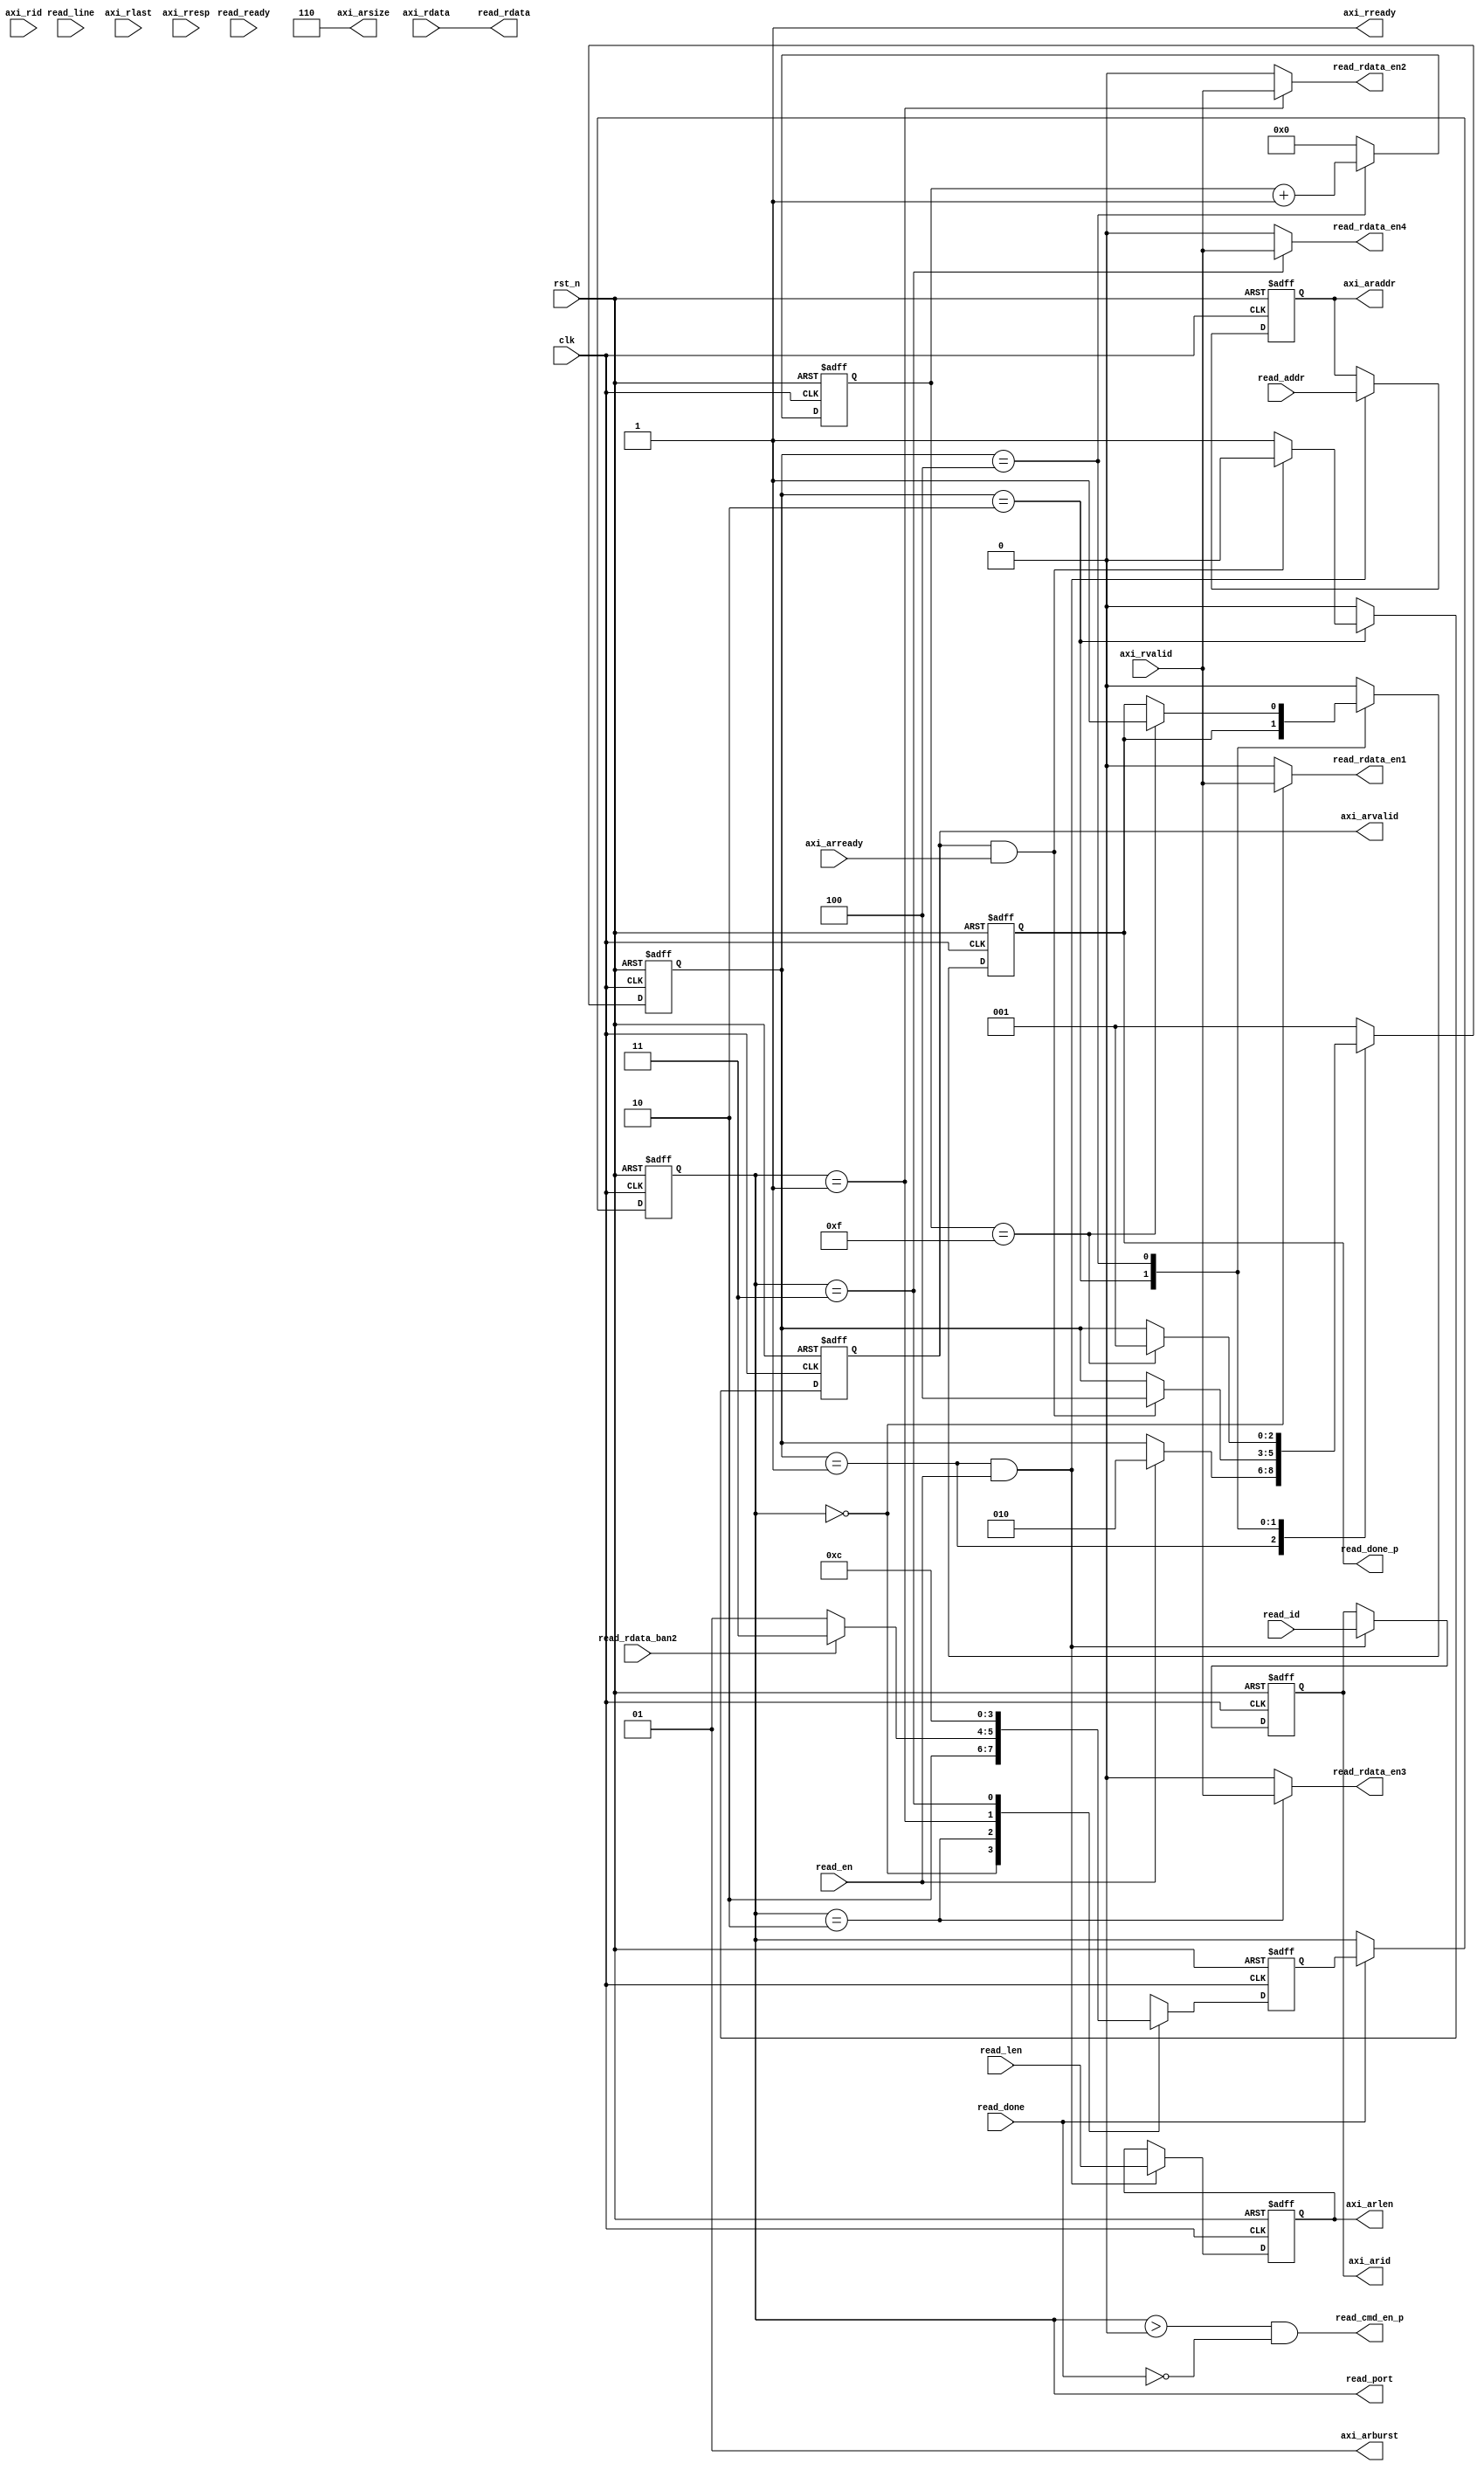
`timescale 1ns / 1ps
//////////////////////////////////////////////////////////////////////////////////
// Company: Meyesemi
// 
// Design Name: 
// Module Name: rd_ctrl
// Project Name: 
// Target Devices: 
// Tool Versions: 
// Description: 
// 
// Dependencies: 
// 
// Revision:
// Revision 0.01 - File Created
// Additional Comments:
// 
//////////////////////////////////////////////////////////////////////////////////
`define UD #1

module rd_ctrl #(
    parameter CTRL_ADDR_WIDTH      = 28,
    parameter MEM_DQ_WIDTH         = 16 
)(
    input                                clk           ,
    input                                rst_n         ,   
    
    input [CTRL_ADDR_WIDTH-1:0]          read_addr     ,
    input [3:0]                          read_id       ,
    input [3:0]                          read_len      ,
    input                                read_en       ,
    output reg                           read_done_p   =0,
    
    input                                read_ready    ,
    output   [MEM_DQ_WIDTH*8-1:0]        read_rdata    ,
    output                               read_rdata_en1 ,
    output                               read_rdata_en2 ,
    output                               read_rdata_en3 ,
    output                               read_rdata_en4 ,
    input                                read_done   ,
    output                               read_cmd_en_p,
    input                                read_line   ,
    input                                read_rdata_ban2,
    // input                                read_rdata_ban4,
   
    output reg [CTRL_ADDR_WIDTH-1:0]     axi_araddr    =0,    
    output reg [3:0]                     axi_arid      =0,
    output reg [3:0]                     axi_arlen     =0,
    output     [2:0]                     axi_arsize    ,
    output     [1:0]                     axi_arburst   ,
    output reg                           axi_arvalid   =0, 
    input                                axi_arready   ,      //only support 2'b01: INCR
                                         
    output                               axi_rready    ,
    input   [MEM_DQ_WIDTH*8-1:0]         axi_rdata     ,
    input                                axi_rvalid    ,
    input                                axi_rlast     ,
    input   [3:0]                        axi_rid       ,
    input   [1:0]                        axi_rresp     ,
    output reg [1:0]                        read_port/*synthesis PAP_MARK_DEBUG="1"*/
);

    localparam E_IDLE =  3'b001; 
    localparam E_RD   =  3'b010;
    localparam E_END  =  3'b100;
    localparam DQ_NUM = MEM_DQ_WIDTH/8; 
    
    assign axi_arburst = 2'b01;
    assign axi_arsize = 3'b110;
    
    reg [2:0] test_rd_state;
    reg [3:0] rd_delay_cnt;
    reg [1:0] read_port_nx;

    always @(posedge clk or negedge rst_n) begin
        if (!rst_n) begin
            read_port <= 2'd0;
        end
        else if (read_done)
            read_port <= read_port_nx;
        else
            read_port <= read_port;
    end

    always @(posedge clk or negedge rst_n) begin
        if (!rst_n)
            read_port_nx <= 2'd2;
        else
        case (read_port)
            2'd0: read_port_nx <= 2'd2;
            2'd2:
            begin
                if (read_rdata_ban2)
                begin
                    // if (read_rdata_ban4)
                    //     read_port_nx <= 2'd0;
                    // else
                    read_port_nx <= 2'd3; 
                end
                else 
                    read_port_nx <= 2'd1;
            end
            2'd1:
            begin
                // if (read_rdata_ban4)
                //     read_port_nx <= 2'd0;
                // else
                read_port_nx <= 2'd3; 
            end
            2'd3: read_port_nx <= 2'd0;
            default: read_port_nx <= 2'd0;
        endcase
    end

    assign read_cmd_en_p = (read_port > 2'd0) && ~read_done;
    always @(posedge clk or negedge rst_n)
    begin
        if (!rst_n) begin
        test_rd_state <= E_IDLE;
        end
        else begin      
        case (test_rd_state)
            E_IDLE: begin
                if (read_en) begin
                    test_rd_state <= E_RD;
                end
            end
            E_RD: begin                
                if (axi_arvalid&axi_arready)//(rd_delay_cnt == 4'd7)//
                    test_rd_state <= E_END;
            end
            E_END:  begin
                if (rd_delay_cnt == 4'd15)
                    test_rd_state <= E_IDLE;
            end 
            default:  test_rd_state <= E_IDLE;
        endcase     
        end
    end        
    
    // wire rd_opera_en_2;
    //1 
    // assign rd_opera_en_1 = (test_rd_state == E_RD1) || (test_rd_state == E_END1);
    //2 
    // assign rd_opera_en_2 = (test_rd_state == E_RD2) || (test_rd_state == E_END2);

    always @(posedge clk or negedge rst_n)
    begin
       if (!rst_n)
           rd_delay_cnt       <= 4'b0; 
       else if((test_rd_state == E_END))
           rd_delay_cnt <= rd_delay_cnt + 1'b1;
       else
           rd_delay_cnt       <= 4'b0; 
    end
    
    always @(posedge clk or negedge rst_n)
    begin
       if (!rst_n) begin
           axi_araddr     <= {CTRL_ADDR_WIDTH{1'b0}}; 
           axi_arid       <= 4'b0; 
           axi_arlen      <= 4'b0; 
       end
       else if((test_rd_state == E_IDLE) & read_en)
       begin
           axi_arid <= read_id;
           axi_araddr <= read_addr;
           axi_arlen  <=  read_len;              
       end
    end
    
    always @(posedge clk or negedge rst_n)
    begin
    	if (!rst_n) begin
            axi_arvalid    <= 1'b0; 
            read_done_p    <= 1'b0;
    	end
    	else begin
        	case (test_rd_state)
                E_IDLE: begin
                    read_done_p <= 1'b0 ;
                    axi_arvalid <= 1'b0;
                end
                E_RD: begin
                    axi_arvalid <= 1'b1;   
                                   
                    if (axi_arvalid&axi_arready)
                        axi_arvalid <= 1'b0; 
                end
                E_END: begin
                    axi_arvalid <= 1'b0;
                    if(rd_delay_cnt == 4'd15)
                        read_done_p <= 1'b1;
                end
                default: begin
                    axi_arvalid <= 1'b0;
                    read_done_p <= 1'b0;
                end
            endcase  
    	end
    end

    assign axi_ready = read_ready;
    assign read_rdata = axi_rdata;
    assign read_rdata_en1 = (read_port == 2'd0) ? axi_rvalid : 1'b0;
    assign read_rdata_en2 = (read_port == 2'd1) ? axi_rvalid : 1'b0;
    assign read_rdata_en3 = (read_port == 2'd2) ? axi_rvalid : 1'b0;
    assign read_rdata_en4 = (read_port == 2'd3) ? axi_rvalid : 1'b0;
    assign axi_rready = 1'b1;
 
endmodule